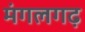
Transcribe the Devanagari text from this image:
मंगलगढ़